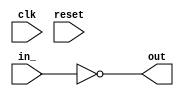
// This program was cloned from: https://github.com/NYU-MLDA/OpenABC
// License: BSD 3-Clause "New" or "Revised" License

module ZeroComparator_0x422b1f52edd46a85
(
  input  wire [   0:0] clk,
  input  wire [  15:0] in_,
  output reg  [   0:0] out,
  input  wire [   0:0] reset
);



  // PYMTL SOURCE:
  //
  // @s.combinational
  // def comb_logic():
  //       s.out.value = s.in_ == 0

  // logic for comb_logic()
  always @ (*) begin
    out = (in_ == 0);
  end


endmodule